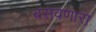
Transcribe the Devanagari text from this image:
बसवणारा